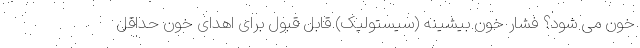
خون می شود؟ فشار خون بیشینه (سیستولیک) قابل قبول برای اهدای خون حداقل